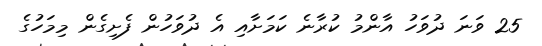
25 ވަނަ ދުވަހު އާންމު ކުރާނެ ކަމަށާއި އެ ދުވަހުން ފެށިގެން މިމަހުގެ